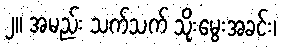
၂။ အမည်း သက်သက် သိုးမွေးအခင်း၊